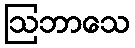
ဩဘာသေ